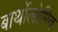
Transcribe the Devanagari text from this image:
बार्थोलोमिव